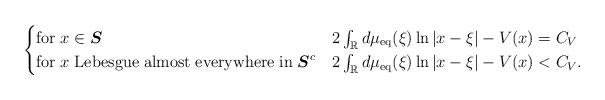
LaTeX: \begin{align*}\begin{cases}\mathrm{for}\; x\in \boldsymbol{S} & 2\int_{\mathbb{R}}d\mu_{\mathrm{eq}}(\xi)\ln\left|x-\xi\right|-V(x)=C_V\\\mathrm{for}\; x\;\mathrm{ Lebesgue\; almost\; everywhere\; in\;} \boldsymbol{S}^c & 2\int_{\mathbb{R}}d\mu_{\mathrm{eq}}(\xi)\ln\left|x-\xi\right|-V(x)<C_V.\end{cases}\end{align*}